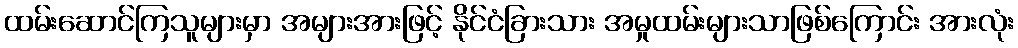
ထမ်းဆောင်ကြသူများမှာ အများအားဖြင့် နိုင်ငံခြားသား အမှုထမ်းများသာဖြစ်ကြောင်း အားလုံး